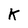
Character: k